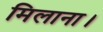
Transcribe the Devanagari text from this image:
मिलाना।